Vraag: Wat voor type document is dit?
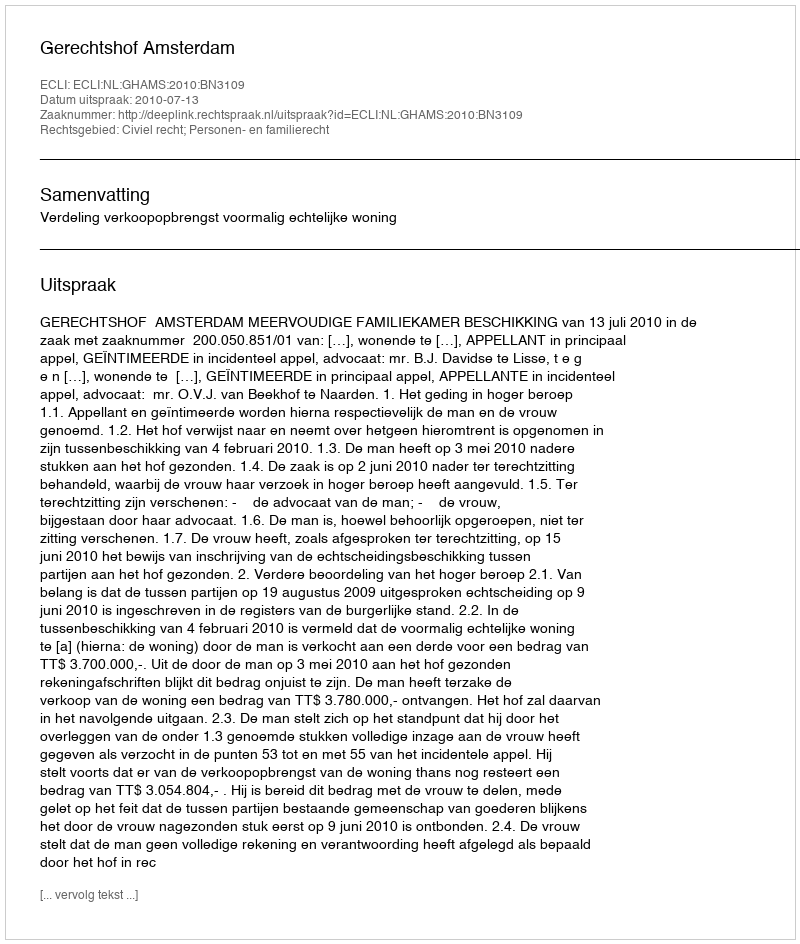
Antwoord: Uitspraak